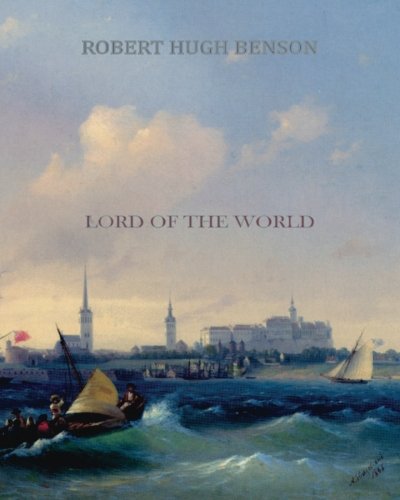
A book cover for Lord of the World; Robert Hugh Benson; Literature & Fiction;